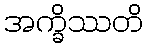
အက္ခိဿတိ